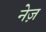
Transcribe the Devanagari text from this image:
नेज़